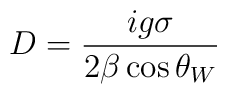
D = \frac{ig\sigma }{2\beta \cos \theta_{W}}